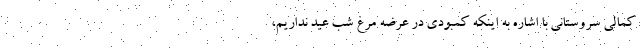
کمالی سروستانی با اشاره به اینکه کمبودی در عرضه مرغ شب عید نداریم،